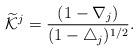
LaTeX: \begin{align*}\widetilde{\mathcal{K}}^{j}=\frac{(1-\nabla_j)}{(1-\triangle_j)^{1/2}}.\end{align*}